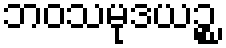
ဘဝသမုဒယဉ္စ